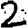
Digit: 2